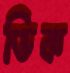
ভিক